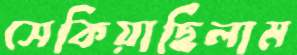
সেকিয়াছিলাম